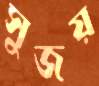
সুজয়